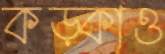
কড়্‌কাও